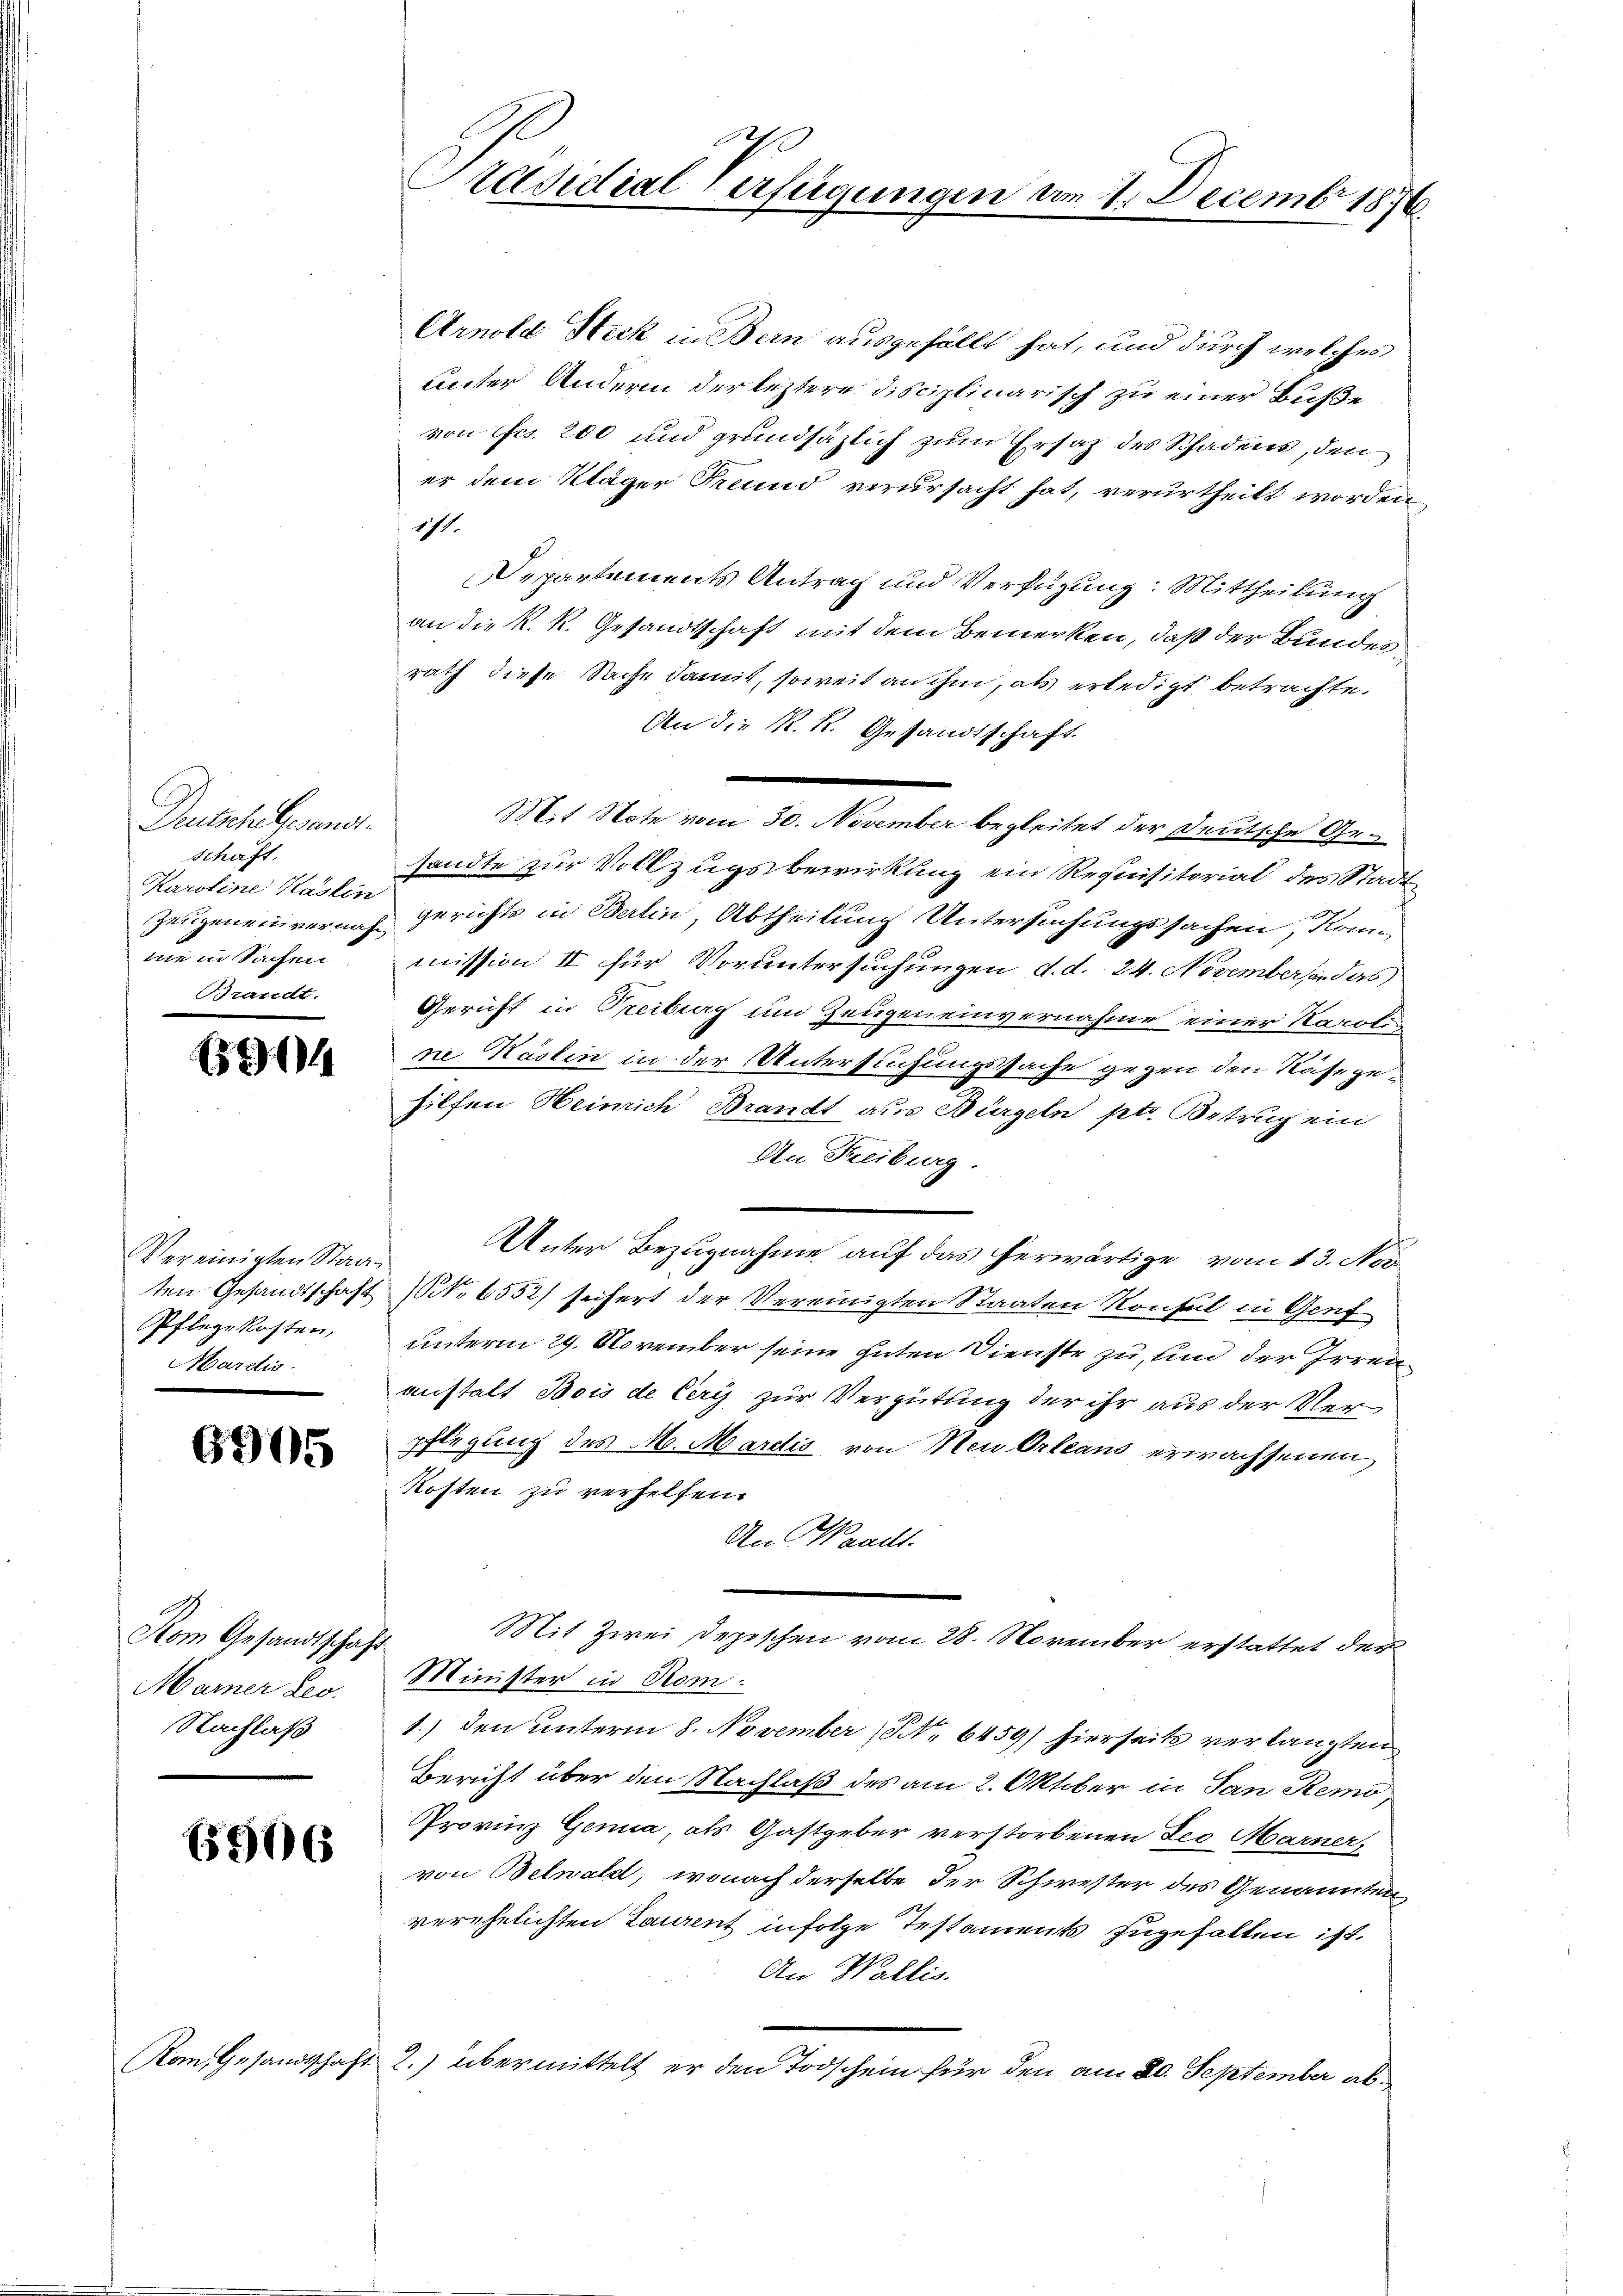
Deutsche Gesandt.
schaft.
Karoline Kasten
me in Sachen
Brandt.

294

Vereinigten Staat
Pflegekosten,
Mardis

6905

Kom Gesandtschaft
Marner Leo.
Nachlaß

5506

Präsidial-Verfügungen u.

Arnold Steck in Bern ausgefällt hat, und durch welches
unter Andern der leztere disciplinarisch zu einer Buße
von Frs. 200 und grundsäzlich zum Ersatz des Schadens, den
er dem Kläger Freund verursacht hat, verurtheilt worden
171.
Departements Antrag und Verfügung: Mittheilung
an die K. R. Gesandtschaft mit dem Bemerken, daß der Bundesrath diese Sache damit, soweit an ihm, als erledigt betrachte.
An die K. K. Gesandtschaft
sandte zur Vollzugsbewirkung ein Requisitorial des Stadt
Zeugenen vernach gerichts in Berlin, Abtheilung Untersuchungssachen, Kommission II für Voruntersuchungen d. d. 24. Novembersendas
Gericht in Treiburg und Zeugen einvernahme einer Karoli-
ne Käslin in der Untersuchungssache gegen den Nase gehilfen Heimich Brandt aus Bürgeln ptr. Betrug ein
An Freiburg.
Unter Bezugnahme auf das herwärtige vom 13. No.
ten Gesandtschaft (S. 6552) sichert der Vereinigten Staaten Konsul in Genf
unterm 29. November seine guten Dienste zu, und der Irrenanstalt Bois de Cery zur Vergütung der ihr aus der Verpflegung des M. Mardis von Neu Orleans erwachsenen
Kosten zu verhelfen.
An Waadt.
Mit Zwei Depeschen vom 28. November erstattet der
Minister in Rom.
1.) den unterm 8. November (NNo. 6459) hierseits verlangten
Bericht über den Nachlaß des am 2. Oktober in San Remo¬
Provinz Genia, als Gastgeber verstorbenen Leo Marner,
von Belwald, wonach derselbe der Schwester des Genannten,
verehelichten Laurent infolge Testaments zugefallen ist.
An Wallis.
Kau, Gesandtschaft 2.) übermittelt er den Todschein für den am 20. September ab¬

Mit Note vom 30. November begleitet der Deutsche Ge¬

21. Decembr 1876.